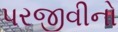
પરજીવીનો